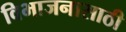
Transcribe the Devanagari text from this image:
विभाजनासाठी